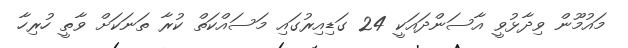
މައުމޫން ވިދާޅުވީ އާސަންދައަކީ 24 ގަޑިއިރުގައި މަސައްކަތް ކުރާ ތަނަކަށް ވާތީ ހުރިހާ